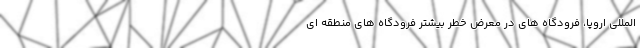
المللی اروپا، فرودگاه های در معرض خطر بیشتر فرودگاه های منطقه ای